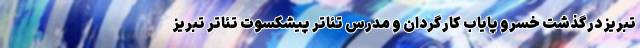
تبریز درگذشت خسرو پایاب کارگردان و مدرس تئاتر پیشکسوت تئاتر تبریز